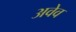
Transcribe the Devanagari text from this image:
अवेव